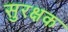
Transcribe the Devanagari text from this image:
सुरक्षक